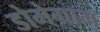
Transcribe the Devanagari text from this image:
डोमेग्राम